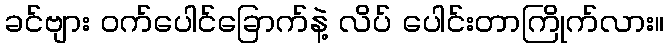
ခင်ဗျား ဝက်ပေါင်ခြောက်နဲ့ လိပ် ပေါင်းတာကြိုက်လား။